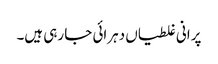
پرانی غلطیاں دہرائی جا رہی ہیں۔